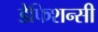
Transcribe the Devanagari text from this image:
डेफिशन्सी